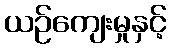
ယဉ်ကျေးမှုနှင့်